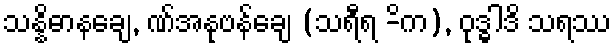
သန္နိဓာနချေ, ဏ်အနုဗန်ချေ (သရီရ -ိက), ဝုဒ္ဓါဒိ သရဿ